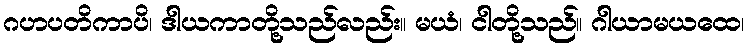
ဂဟပတိကာပိ၊ ဒါယကာတို့သည်လည်း။ မယံ၊ ငါတို့သည်။ ဂါယာမယထေ၊